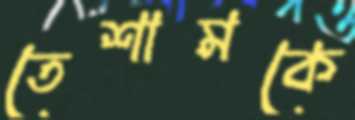
তেশামকে